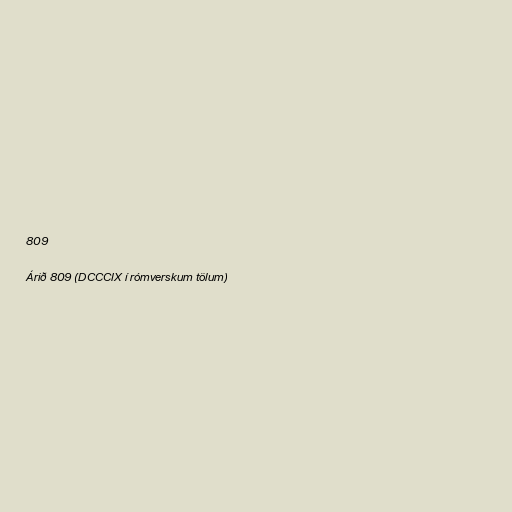
809

Árið 809 (DCCCIX í rómverskum tölum)